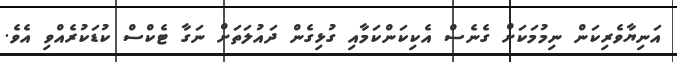
އަނިޔާވެރިކަން ނިމުމަކަށް ގެނެސް އެކިކަންކަމާއި ގުޅިގެން ދައުލަތަށް ނަގާ ޓެކްސް ކުޑަކުރެއްވި އެވެ.